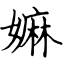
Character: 嫲